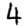
Digit: 4